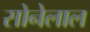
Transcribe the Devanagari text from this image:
सोनेलाल